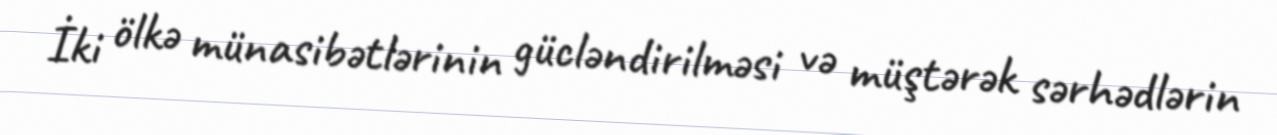
İki ölkә münasibәtlәrinin güclәndirilmәsi vә müştәrәk sәrhәdlәrin